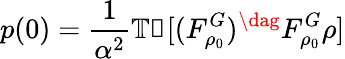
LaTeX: p(0)=\frac{1}{\alpha^{2}}\mathbb{Tr}[(F_{\rho_{0}}^{G})^{\dag}F_{\rho_{0}}^{G}\rho]